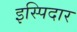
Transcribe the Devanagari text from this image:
इस्पिदार